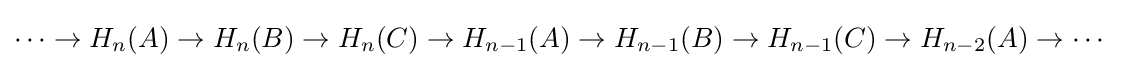
\cdots \to H_{n}(A)\to H_{n}(B)\to H_{n}(C)\to H_{n-1}(A)\to H_{n-1}(B)\to H_{n-1}(C)\to H_{n-2}(A)\to \cdots